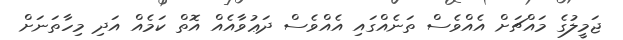
ޖަމީލުގެ މައްޗަށް އެއްވެސް ތަނެއްގައި އެއްވެސް ދަޢުވާއެއް އޮތް ކަމެއް އަދި މިހާތަނަށް